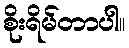
စိုးရိမ်တာပါ။